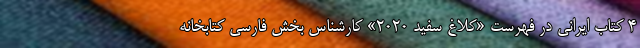
۴ کتاب ایرانی در فهرست «کلاغ سفید ۲۰۲۰» کارشناس بخش فارسی کتابخانه